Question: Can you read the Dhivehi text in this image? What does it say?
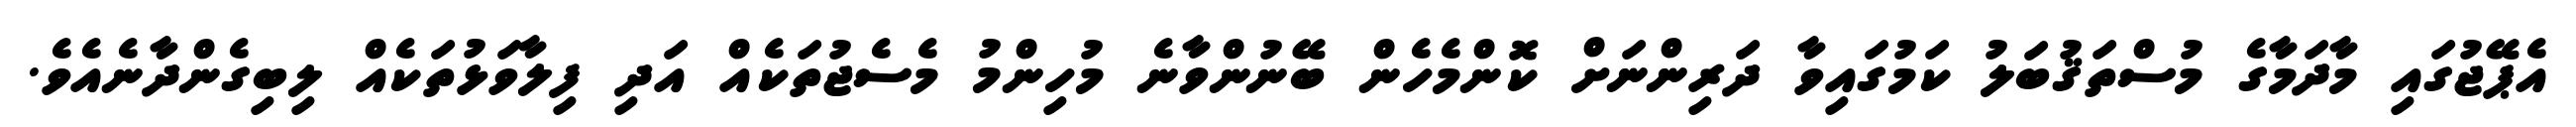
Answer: އެޕޭޖުގައި މާދަމާގެ މުސްތަޤުބަލު ކަމުގައިވާ ދަރިންނަށް ކޮންމެހެން ބޭނުންވާނެ މުހިންމު މެސެޖުތަކެއް އަދި ފިލާވަޅުތަކެއް ލިބިގެންދާނެއެވެ.